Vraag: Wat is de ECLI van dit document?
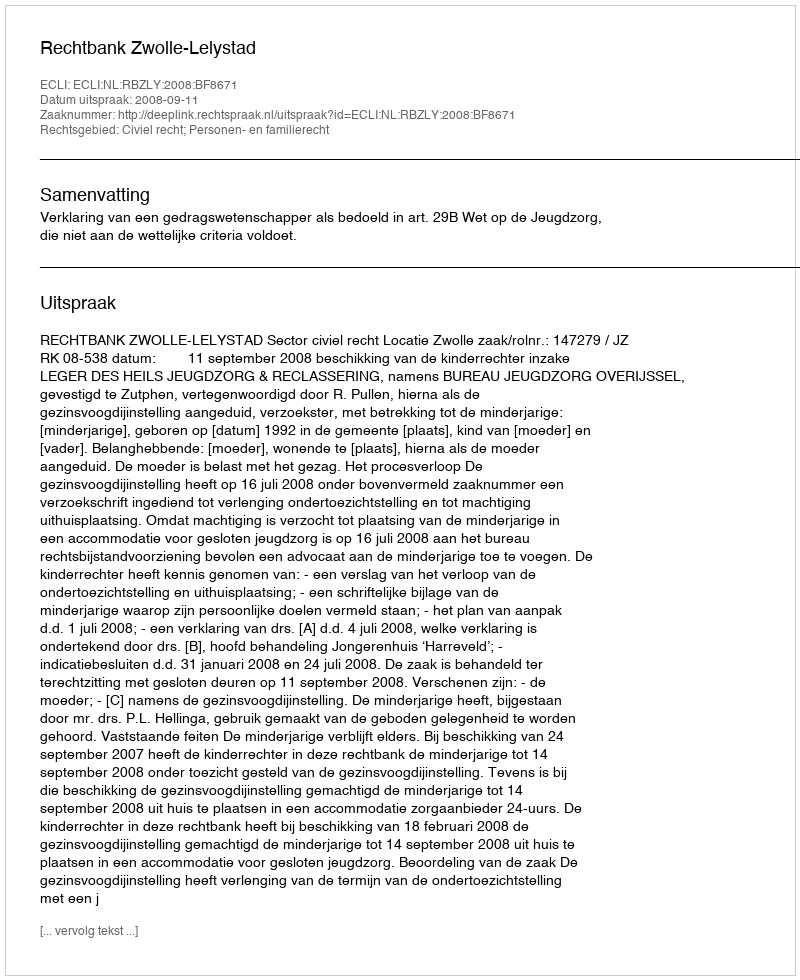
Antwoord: ECLI:NL:RBZLY:2008:BF8671